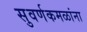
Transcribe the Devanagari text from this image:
सुवर्णकमळांना